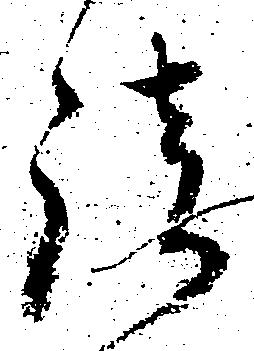
談